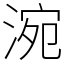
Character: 涴